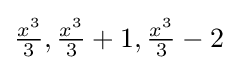
{\tfrac {x^{3}}{3}},{\tfrac {x^{3}}{3}}+1,{\tfrac {x^{3}}{3}}-2